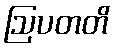
ဩပတတိ